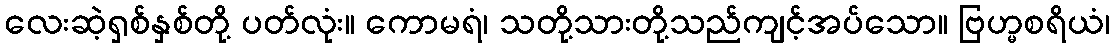
လေးဆဲ့ရှစ်နှစ်တို့ ပတ်လုံး။ ကောမရံ၊ သတို့သားတို့သည်ကျင့်အပ်သော။ ဗြဟ္မစရိယံ၊